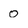
Character: 0